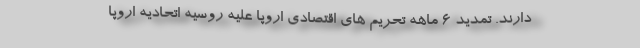
دارند. تمدید ۶ ماهه تحریم های اقتصادی اروپا علیه روسیه اتحادیه اروپا